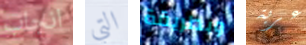
انجاب التي وبطريقة عربة